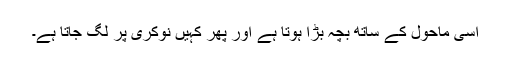
اسی ماحول کے ساتھ بچہ بڑا ہوتا ہے اور پھر کہیں نوکری پر لگ جاتا ہے۔